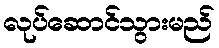
လုပ်ဆောင်သွားမည်